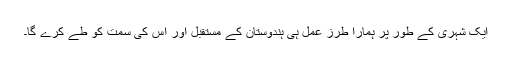
ایک شہری کے طور پر ہمارا طرز عمل ہی ہندوستان کے مستقبل اور اس کی سمت کو طے کرے گا۔